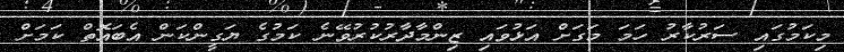
މިކަމުގައި ސަރުކާރު ހަމަ މަގަށް އަޅުވައި ޒިންމާދާރުކުރުވޭނެ ކަމުގެ ޔަގީންކަން އެބައޮތް ކަމަށް